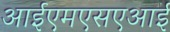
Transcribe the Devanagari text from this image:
आईएमएसएआई